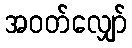
အဝတ်လျှော်